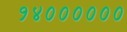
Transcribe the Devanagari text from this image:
१४००००००